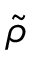
\tilde { \rho }